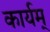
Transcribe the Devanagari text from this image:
कार्यम्